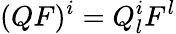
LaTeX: (QF)^{i}=Q_{l}^{i}F^{l}